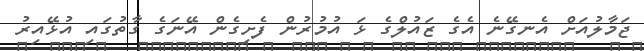
ޖަމާލުއަށް އެނގޭނެ އެގެ ޒައުލްގެ ޅަ އުމުރުން ފެށިގެން އޭނަގެ ގާތުގައި އުޅޭއިރު